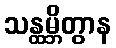
သန္ထမ္ဘိတွာန